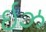
ઇઝ